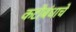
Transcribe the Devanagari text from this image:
कटीबंधाचे